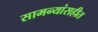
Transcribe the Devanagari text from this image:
सामन्यांसहीत